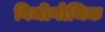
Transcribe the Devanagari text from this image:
विजीगोथिक